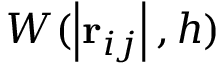
W ( \left| \mathbf { r } _ { i j } \right| , h )